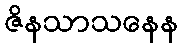
ဇိနသာသနေန